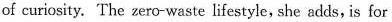
of curiosity, The zeno-waste lifestyle, she adds, is for